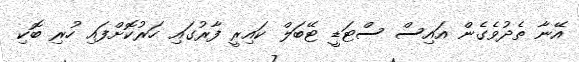
އޭނާ ތެދުވެގެން އައިސް ސްޓަޑީ ޓޭބަލް ކައިރީ ފާރުގައި ހަރުކޮށްފައި ހުރި ބޮކި